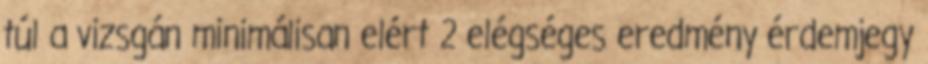
túl a vizsgán minimálisan elért 2 elégséges eredmény érdemjegy